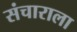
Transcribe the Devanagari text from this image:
संचाराला